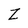
Character: z